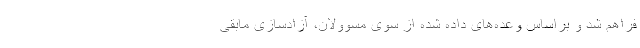
فراهم شد و براساس وعده‌های داده شده از سوی مسوولان، آزادسازی مابقی